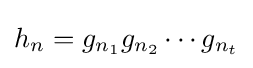
h_{n}=g_{n_{1}}g_{n_{2}}\cdots g_{n_{t}}